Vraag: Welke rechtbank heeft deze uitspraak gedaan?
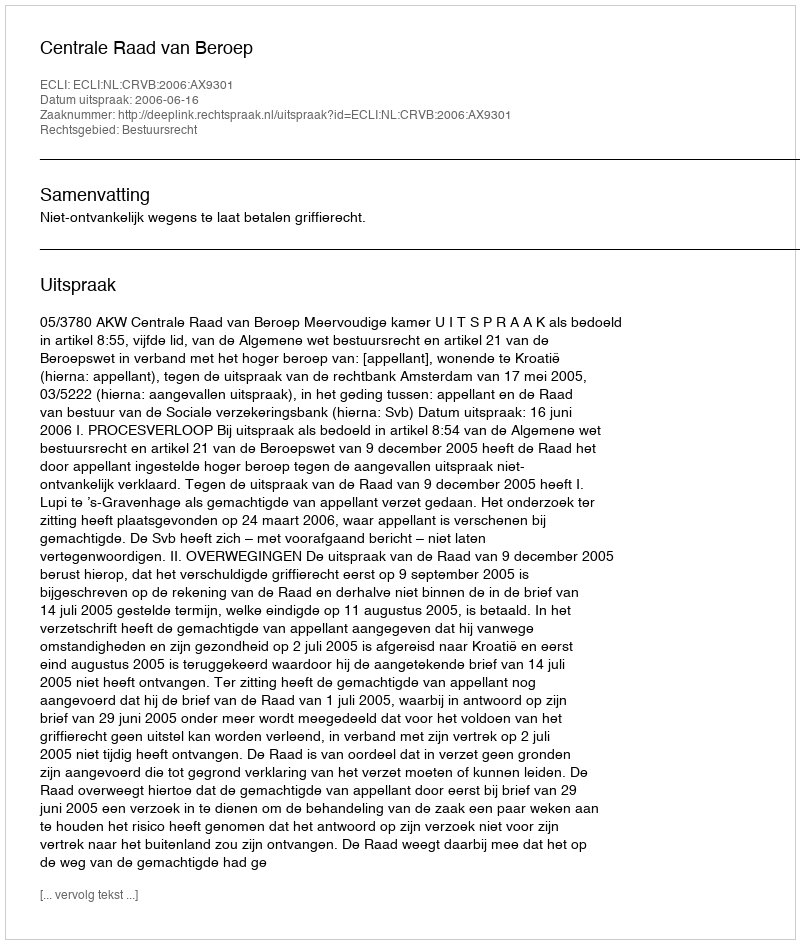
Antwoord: Centrale Raad van Beroep